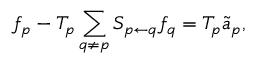
f _ { p } - T _ { p } \sum _ { q \neq p } S _ { p \leftarrow q } f _ { q } = T _ { p } \Tilde { a } _ { p } ,